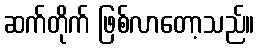
ဆက်တိုက် ဖြစ်လာတော့သည်။